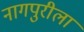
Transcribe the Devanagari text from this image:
नागपुरीला